Report of the Municipal Commissioner on the plague in Bombay for the year ending 31st May... - Volume 2
Disease focus: Plague
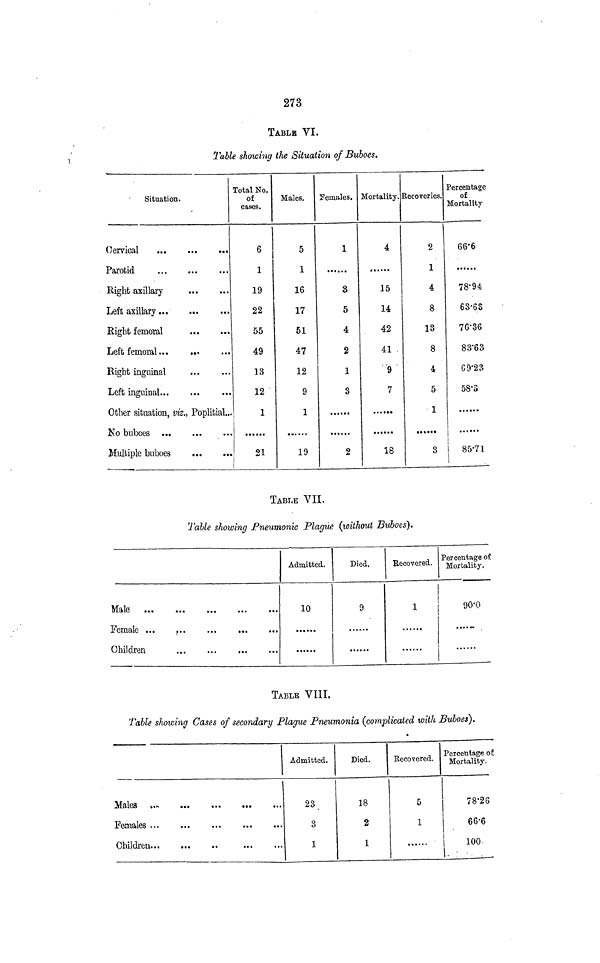
273
TABLE VI.
Table showing the Situation of Buboes.
Situation.
Cervical
Parotid
Right axillary
Left axillary
Right femoral
Left femoral
Right inguinal
Left inguinal
Other situation, viz., Poplitial...
Multiple buboes
Total No.
of
cases.
6
1
19
22
55
49
13
12
1
21
Males.
5
1
16
17
51
47
12
9
1
19
Females.
1
8
5
4
2
1
3
2
Mortality.
4
15
14
42
41 .
9
7
18
Eecoveries.
2
1
4
8
13
8
4
5
1
3
Percentage
of
Mortality
66-6
78-94
63-68
76-36
83'63
G9-23
58'3
......
i
I
| 85-71
TABLE VII.
Table showing Pneumonic Plague (without Buboes).
Male
Female ...
r
Children
Admitted.
10
Died.
9
Recovered.
!
Percentage of
Mortality.
00-0
TABLE VIII.
Table showing Cases of secondary Plague Pneumonia (complicated with Buboes}.
Males k
Females
Children
Admitted.
23
3
1
Died.
18
2
1
Eccovered.
5
1
Percentage of
Mortality.
78-26
66-6
100